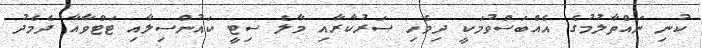
ކުނި ނައްތާލުމުގެ އެއްބަސްވުމަކީ ދިވެހި ސަރުކާރާއި މާލެ ސިޓީ ކައުންސިލާއި ޓަޓްވާއާ ދެމެދު